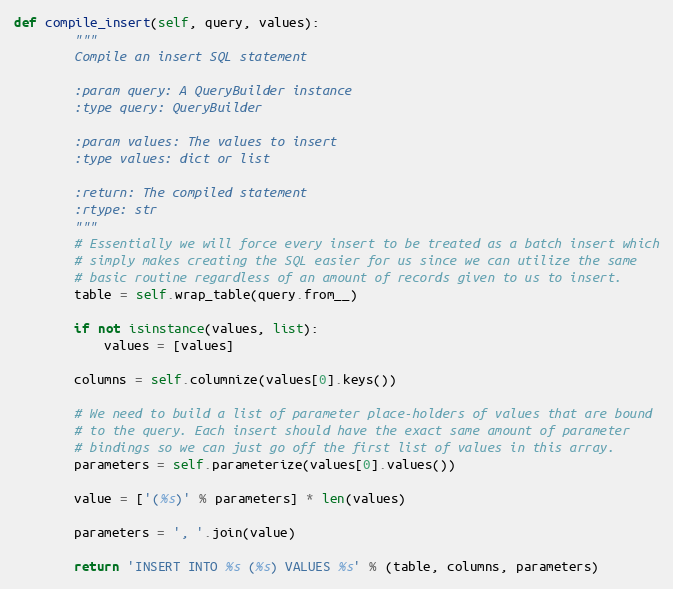
Language: Python
def compile_insert(self, query, values):
        """
        Compile an insert SQL statement

        :param query: A QueryBuilder instance
        :type query: QueryBuilder

        :param values: The values to insert
        :type values: dict or list

        :return: The compiled statement
        :rtype: str
        """
        # Essentially we will force every insert to be treated as a batch insert which
        # simply makes creating the SQL easier for us since we can utilize the same
        # basic routine regardless of an amount of records given to us to insert.
        table = self.wrap_table(query.from__)

        if not isinstance(values, list):
            values = [values]

        columns = self.columnize(values[0].keys())

        # We need to build a list of parameter place-holders of values that are bound
        # to the query. Each insert should have the exact same amount of parameter
        # bindings so we can just go off the first list of values in this array.
        parameters = self.parameterize(values[0].values())

        value = ['(%s)' % parameters] * len(values)

        parameters = ', '.join(value)

        return 'INSERT INTO %s (%s) VALUES %s' % (table, columns, parameters)